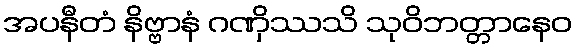
အပနီတံ နိဗ္ဗာနံ ဂဏှိဿသိ သုဝိဘတ္တာနေဝ